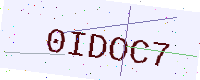
Text: 0IDOC7